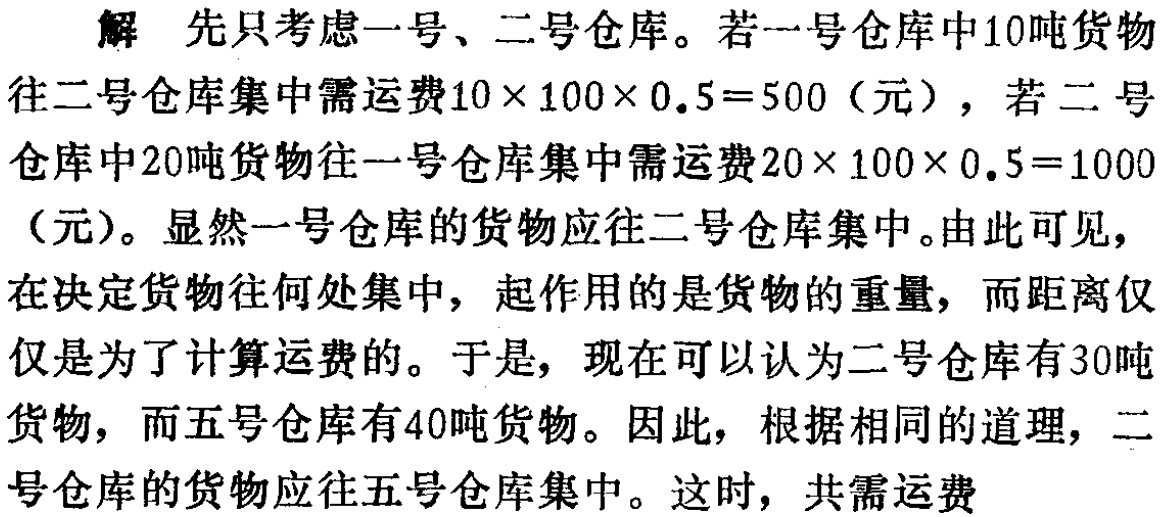
解 先只考虑一号、二号仓库。若一号仓库中10吨货物

往二号仓库集中需运费\(10\times 100\times 0.5 = 500\)（元），若二号

仓库中20吨货物往一号仓库集中需运费\(20\times 100\times 0.5 = 1000\)

（元）。显然一号仓库的货物应往二号仓库集中。由此可见，

在决定货物往何处集中，起作用的是货物的重量，而距离仅仅

是为了计算运费的。于是，现在可以认为二号仓库有30吨

货物，而五号仓库有40吨货物。因此，根据相同的道理，二

号仓库的货物应往五号仓库集中。这时，共需运费